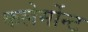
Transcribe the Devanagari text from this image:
कलेर्मोन्ट